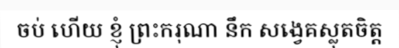
ចប់ ហើយ ខ្ញុំ ព្រះករុណា នឹក សង្វេគស្លុតចិត្ត